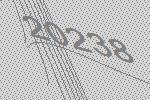
20238